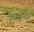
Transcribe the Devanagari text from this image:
पिञरा